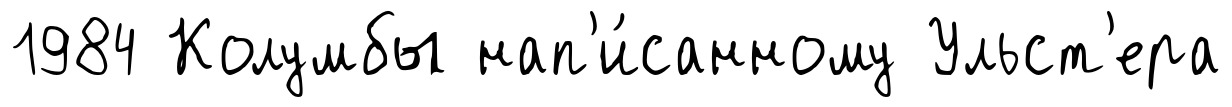
1984 Колумбы нап'и́санному Ульст'ера